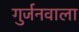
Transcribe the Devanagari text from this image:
गुर्जनवाला